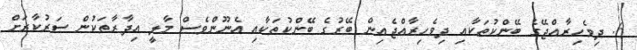
6. ދިވެހިރާއްޖޭގެ ބޭންކުތަކާއި ދިވެހިރާއްޖެއިން ބޭރުގެ ބޭންކުތަކާއި އެނޫންވެސް މާލީ އިދާރާތަކުން ސަރުކާރަށް